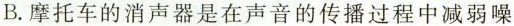
B.摩托车的消声器是在声音的传播过程中减弱噪